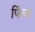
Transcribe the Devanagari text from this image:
फिंज